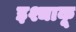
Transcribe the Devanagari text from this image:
इश्चाकू